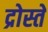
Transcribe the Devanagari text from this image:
द्रोस्ते